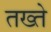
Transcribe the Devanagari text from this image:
तख्‍ते